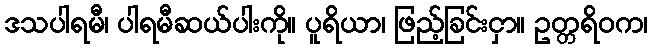
ဒသပါရမီ၊ ပါရမီဆယ်ပါးကို။ ပူရိယာ၊ ဖြည့်ခြင်းငှာ။ ဥတ္တရိဝက၊